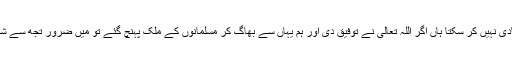
امیر نے کہا اے لڑکی یہ کافروں کا ملک ہے یہاں میں تجھ سے شادی نہیں کر سکتا ہاں اگر اللہ تعالٰی نے توفیق دی اور ہم یہاں سے بھاگ کر مسلمانوں کے ملک پہنچ گئے تو میں ضرور تجھ سے شادی کرلوں گا اور تیرے ہوتے ہوئے دوسری شادی نہیں کروں گا ۔